Report on horse surra - Volume II, Part I
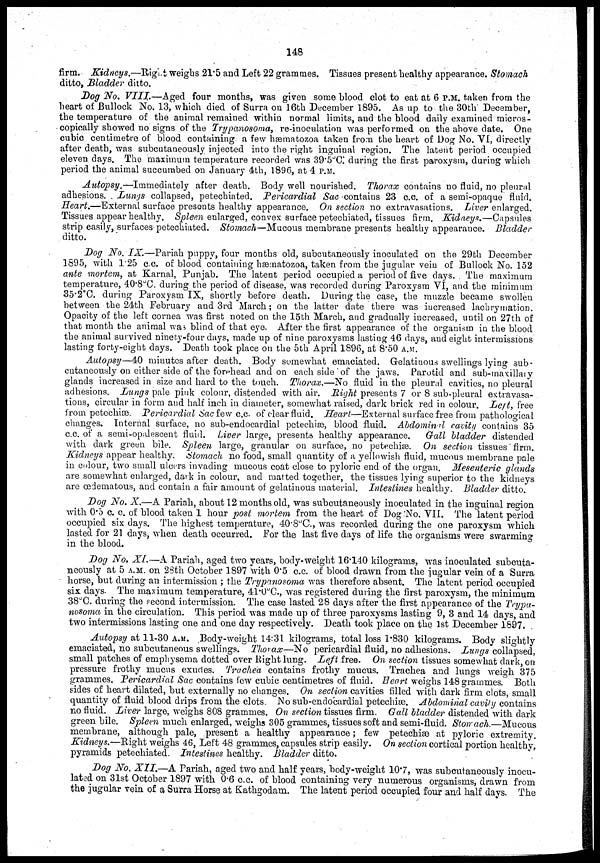
148
firm. Kidneys.—Right weighs 21.5 and Left 22 grammes. Tissues present healthy appearance. Stomach
ditto, Bladder ditto.
Dog No. VIII.—Aged
four months, was given some blood clot to eat at 6 P.M. taken from the
heart of Bullock No. 13, which died of Surra on 16th December 1895. As up to the 30th December,
the temperature of the animal remained within normal limits, and the blood daily examined micros-
copically showed no signs of the Trypanosoma, re-inoculation was performed on the above date. One
cubic centimetre of blood containing a few hæmatozoa taken from the heart of Dog No. VI, directly
after death, was subcutaneously injected into the right inguinal region. The latent period occupied
eleven days. The maximum temperature recorded was 39.5°C. during the first paroxysm, during which
period the animal succumbed on January 4th, 1896, at 4 P.M.
Autopsy.—Immediately
after death. Body well nourished. Thorax contains no fluid, no pleural
adhesions. Lungs collapsed, petechiated. Pericardial
Sac contains 23 c.c. of a semi-opaque fluid.
Heart.—External
surface presents healthy appearance. On section no extravasations. Liver enlarged.
Tissues appear healthy. Spleen enlarged, convex surface petechiated, tissues
firm.
Kidneys.—Capsules
strip easily, surfaces petechiated. Stomach—Mucous membrane presents healthy appearance.
Bladder
ditto.
Dog No. IX.—Pariah
puppy, four months old, subcutaneously inoculated on the 29th December
1895, with 1.25 c.c. of blood containing hæmatozoa, taken from the jugular vein of Bullock No. 152
ante mortem, at Karnal, Punjab. The latent period occupied a period of five days. The maximum
temperature, 40.8°C. during the period of disease, was recorded during Paroxysm VI, and the minimum
35.2°C. during Paroxysm IX, shortly before death. During the case, the muzzle became swollen
between the 24th February and 3rd March; on the latter date there was increased lachrymation.
Opacity of the left cornea was first noted on the 15th March, and gradually increased, until on 27th of
that month the animal was blind of that eye. After the first appearance of the organism in the blood
the animal survived ninety-four days, made up of nine paroxysms lasting 46 days, and eight intermissions
lasting forty-eight days. Death took place on the 5th April 1896, at 8.50 A.M.
Autopsy—40 minutes after death. Body somewhat emaciated. Gelatinous swellings lying sub-
cutaneously on either side of the forehead and on each side of the jaws. Parotid and sub-maxillary
glands increased in size and hard to the touch. Thorax.—No fluid in the pleural cavities, no pleural
adhesions.Lungs pale pink colour, distended with air. Right presents 7 or 8 sub-pleural extravasa-
tions, circular in form and half inch in diameter, somewhat raised, dark brick red in colour. Left, free
from petechiæ. Pericardial Sac few c.c. of clear fluid. Heart—External surface free from pathological
changes. Internal surface, no sub-endocardial petechiæ, blood fluid. Abdominal cavity contains 35
c.c. of a semi-opalescent fluid. Liver large, presents. healthy appearance.
Gall bladder distended
with dark green bile. Spleen large, granular on surface, no petechiæ. On section tissues firm.
Kidneys appear healthy. Stomach no food, small quantity of a yellowish fluid, mucous membrane pale
in colour, two small ulcers invading mucous coat close to pyloric end of the organ. Mesenteric
glands
are somewhat enlarged, dark in colour, and matted together, the tissues lying superior to the kidneys
are œdematous, and contain a fair amount of gelatinous material. Intestines healthy. Bladder ditto.
Dog No. X.—A Pariah, about 12 months old, was subcutaneously inoculated in the inguinal region
with 0.5 c. c. of blood taken 1 hour post mortem from the heart of Dog No. VII. The latent period
occupied six days. The highest temperature, 40.8°C., was recorded during the one paroxysm which
lasted for 21 days, when death occurred. For the last five days of life the organisms were swarming
in the blood.
Dog No. XI.—A Pariah, aged two years, body-weight 16.140 kilograms, was inoculated subcuta-
neously at 5 A.M. on 28th October 1897 with 0.5 c.c. of blood drawn from the jugular vein of a Surra
horse, but during an intermission ; the Trypanosoma was therefore absent. The latent period occupied
six days. The maximum temperature, 41.0°C., was registered during the first paroxysm, the minimum
38°C. during the second intermission. The case lasted 28 days after the first appearance of the Trypa-
nosoma in the circulation. This period was made up of three paroxysms lasting 9, 3 and 14 days, and
two intermissions lasting one and one day respectively. Death took place on the 1st December 1897.
Autopsy at 11-30 A.M. Body-weight 14:31 kilograms, total loss 1.830 kilograms. Body slightly
emaciated, no subcutaneous swellings. Thorax—No pericardial fluid, no adhesions. Lungs collapsed,
small patches of emphysema dotted over Right lung. Left free. On section tissues somewhat dark, on
pressure frothy mucus exudes. Trachea contains frothy mucus. Trachea and lungs weigh 375
grammes. Pericardial Sac contains few cubic centimetres of fluid. Heart weighs 148 grammes. Both
sides of heart dilated, but externally no changes. On section cavities filled with dark firm clots, small
quantity of fluid blood drips from the clots. No sub-endocardial petechiæ. Abdominal cavity contains
no fluid. Liver large, weighs 808 grammes. On section tissues firm. Gall bladder distended with dark
green bile. Spleen much enlarged, weighs 305 grammes, tissues soft and semi-fluid.
Stomach.—Mucous
membrane, although pale, present a healthy appearance; few petechiæ at pyloric extremity.
Kidneys.—Right weighs 46, Left 48 grammes, capsules strip easily. On section cortical portion healthy,
pyramids petechiated. Intestines healthy. Bladder ditto.
Dog No. XII.—A Pariah, aged two and half years, body-weight 10.7, was subcutaneously inocu-
lated on 31st October 1897 with 0.6 c.c. of blood containing very numerous organisms, drawn from
the jugular vein of a Surra Horse at Kathgodam. The latent period occupied four and half days. The